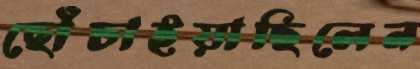
ছোঁচাইয়াছিলেন